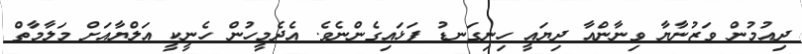
ދިއުމުން ވަޒުނާޔާ ވިނާންއާ ދިޔައީ ހިނިގަނޑު ފަޅައިގެންނެވެ. އެދެމީހުން ހެނީކީ އަލްޔާއަށް މަލާމާތް